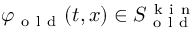
\varphi _ { \mathrm { ~ o ~ l ~ d ~ } } ( t , x ) \in S _ { \mathrm { ~ o ~ l ~ d ~ } } ^ { \mathrm { ~ k ~ i ~ n ~ } }